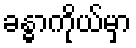
ခန္ဓာကိုယ်မှာ